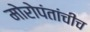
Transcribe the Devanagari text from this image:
मोरोपंतांचीच